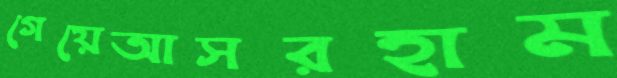
গেয়েআসরহাম